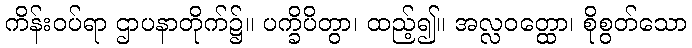
ကိန်းဝပ်ရာ ဌာပနာတိုက်၌။ ပက္ခိပိတွာ၊ ထည့်၍။ အလ္လဝတ္ထော၊ စိုစွတ်သော